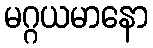
မဂ္ဂယမာနော